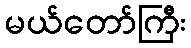
မယ်တော်ကြီး